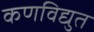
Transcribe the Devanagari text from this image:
कणविद्युत